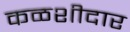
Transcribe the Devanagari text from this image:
कळशीदार